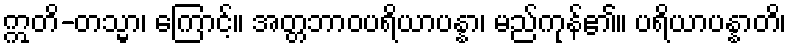
ဣတိ-တသ္မာ၊ ကြောင့်။ အတ္တဘာဝပရိယာပန္နာ၊ မည်ကုန်၏။ ပရိယာပန္နာတိ၊